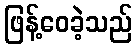
ဖြန့်ဝေခဲ့သည်